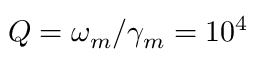
Q = \omega _ { m } / \gamma _ { m } = 1 0 ^ { 4 }